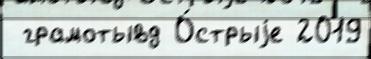
 грамотывд О́стрыjе 2019